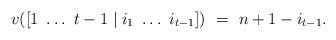
LaTeX: \begin{align*}v([1\ \dots\ t-1 \mid i_1\ \dots\ i_{t-1}])\ =\ n+1-i_{t-1}.\end{align*}